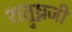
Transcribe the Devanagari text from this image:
शत्रुघ्नजी